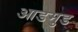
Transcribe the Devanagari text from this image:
आडमुड